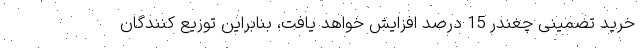
خرید تضمینی چغندر 15 درصد افزایش خواهد یافت، بنابراین توزیع کنندگان